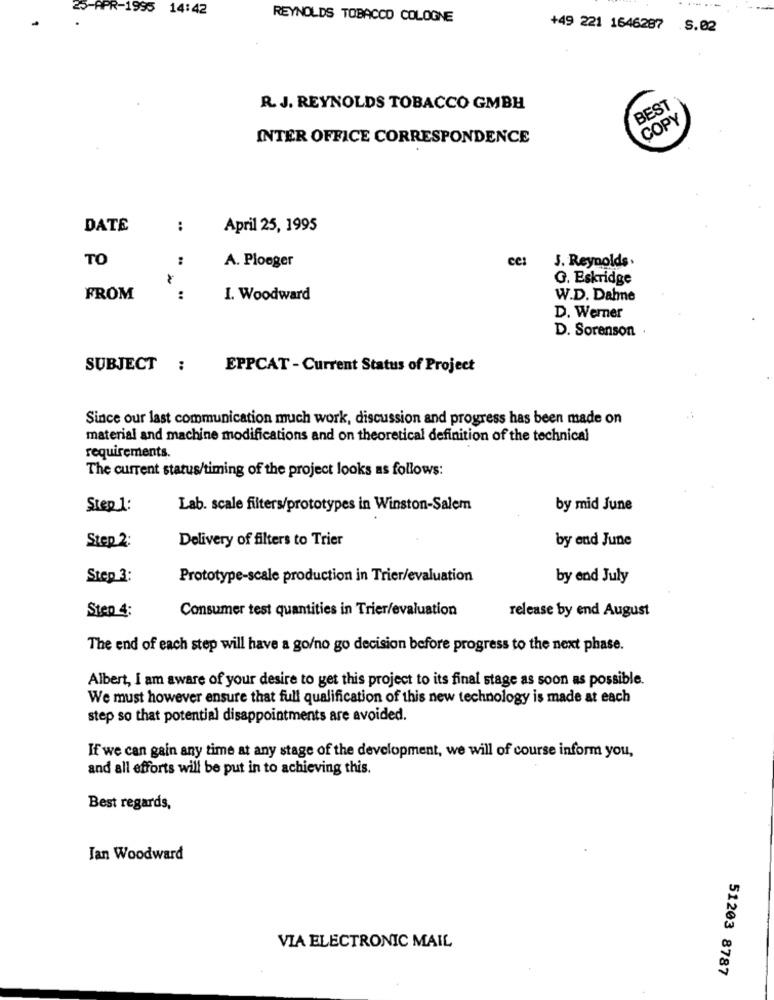
25-APR-1995 14:42
REYNOLDS TOBACCO COLOGNE
+49 221 1646287 .S.02
R. J. REYNOLDS TOBACCO GMBH
BEST
COPY
INTER OFFICE CORRESPONDENCE
DATE
:
April 25, 1995
TO
:
A. Ploeger
ce:
J. Reynolds.
G. Eskridge
FROM
:
I. Woodward
W.D. Dahne
D. Werner
D. Sorenson .
SUBJECT :
EPPCAT - Current Status of Project
Since our last communication much work, discussion and progress has been made on
material and machine modifications and on theoretical definition of the technical
requirements.
The current status/timing of the project looks as follows:
Step 1:
Lab. scale filters/prototypes in Winston-Salem
by mid June
Delivery of filters to Trier
by end June
Step 2:
Step 3:
Prototype-scale production in Trier/evaluation
by end July
Step 4:
Consumer test quantities in Trier/evaluation
release by end August
The end of each step will have a go/no go decision before progress to the next phase.
Albert, I am aware of your desire to get this project to its final stage as soon as possible.
We must however ensure that full qualification of this new technology is made at each
step so that potential disappointments are avoided.
If we can gain any time at any stage of the development, we will of course inform you,
and all efforts will be put in to achieving this.
Best regards,
Jan Woodward
VIA ELECTRONIC MAIL
51203 8787